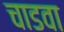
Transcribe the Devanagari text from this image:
चाडवा